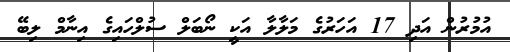
އުމުރުން އަދި 17 އަހަރުގެ މަލާލާ އަކީ ނޯބަލް ސުލްހައިގެ އިނާމް ލިބޭ